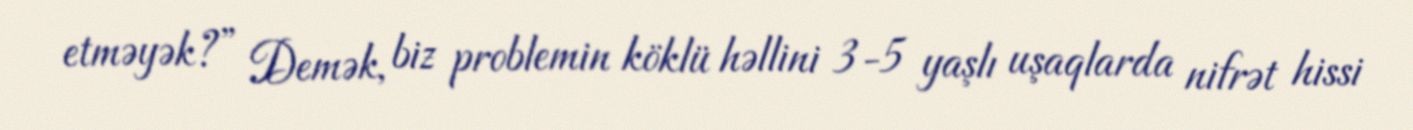
etməyək?” Demək, biz problemin köklü həllini 3-5 yaşlı uşaqlarda nifrət hissi